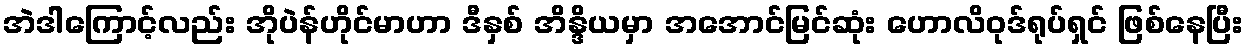
အဲဒါကြောင့်လည်း အိုပဲန်ဟိုင်မာဟာ ဒီနှစ် အိန္ဒိယမှာ အအောင်မြင်ဆုံး ဟောလိဝုဒ်ရုပ်ရှင် ဖြစ်နေပြီး